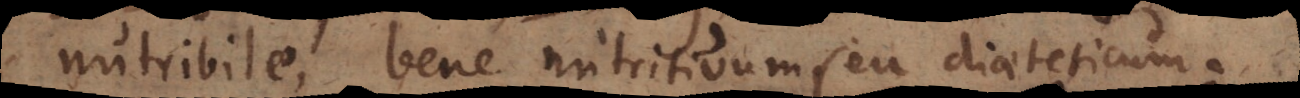
nutribile, bene nutritivum seu diaeteticum.